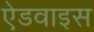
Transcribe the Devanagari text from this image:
ऐडवाइस